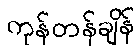
ကုန်တန်ချိန်